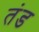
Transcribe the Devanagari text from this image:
तंड